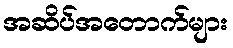
အဆိပ်အတောက်များ